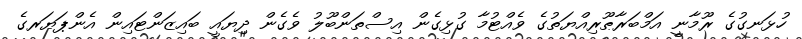
ހުޅަނގުގެ ރޫމާނީ އަމްބަރާޠޫރިއްޔަތުގެ ވެއްޓުމާ ގުޅިގެން އިސްތަންބޫލު ވެގެން ދިޔައީ ބައިޒަންޓައިން އެންޕަޔަރގެ